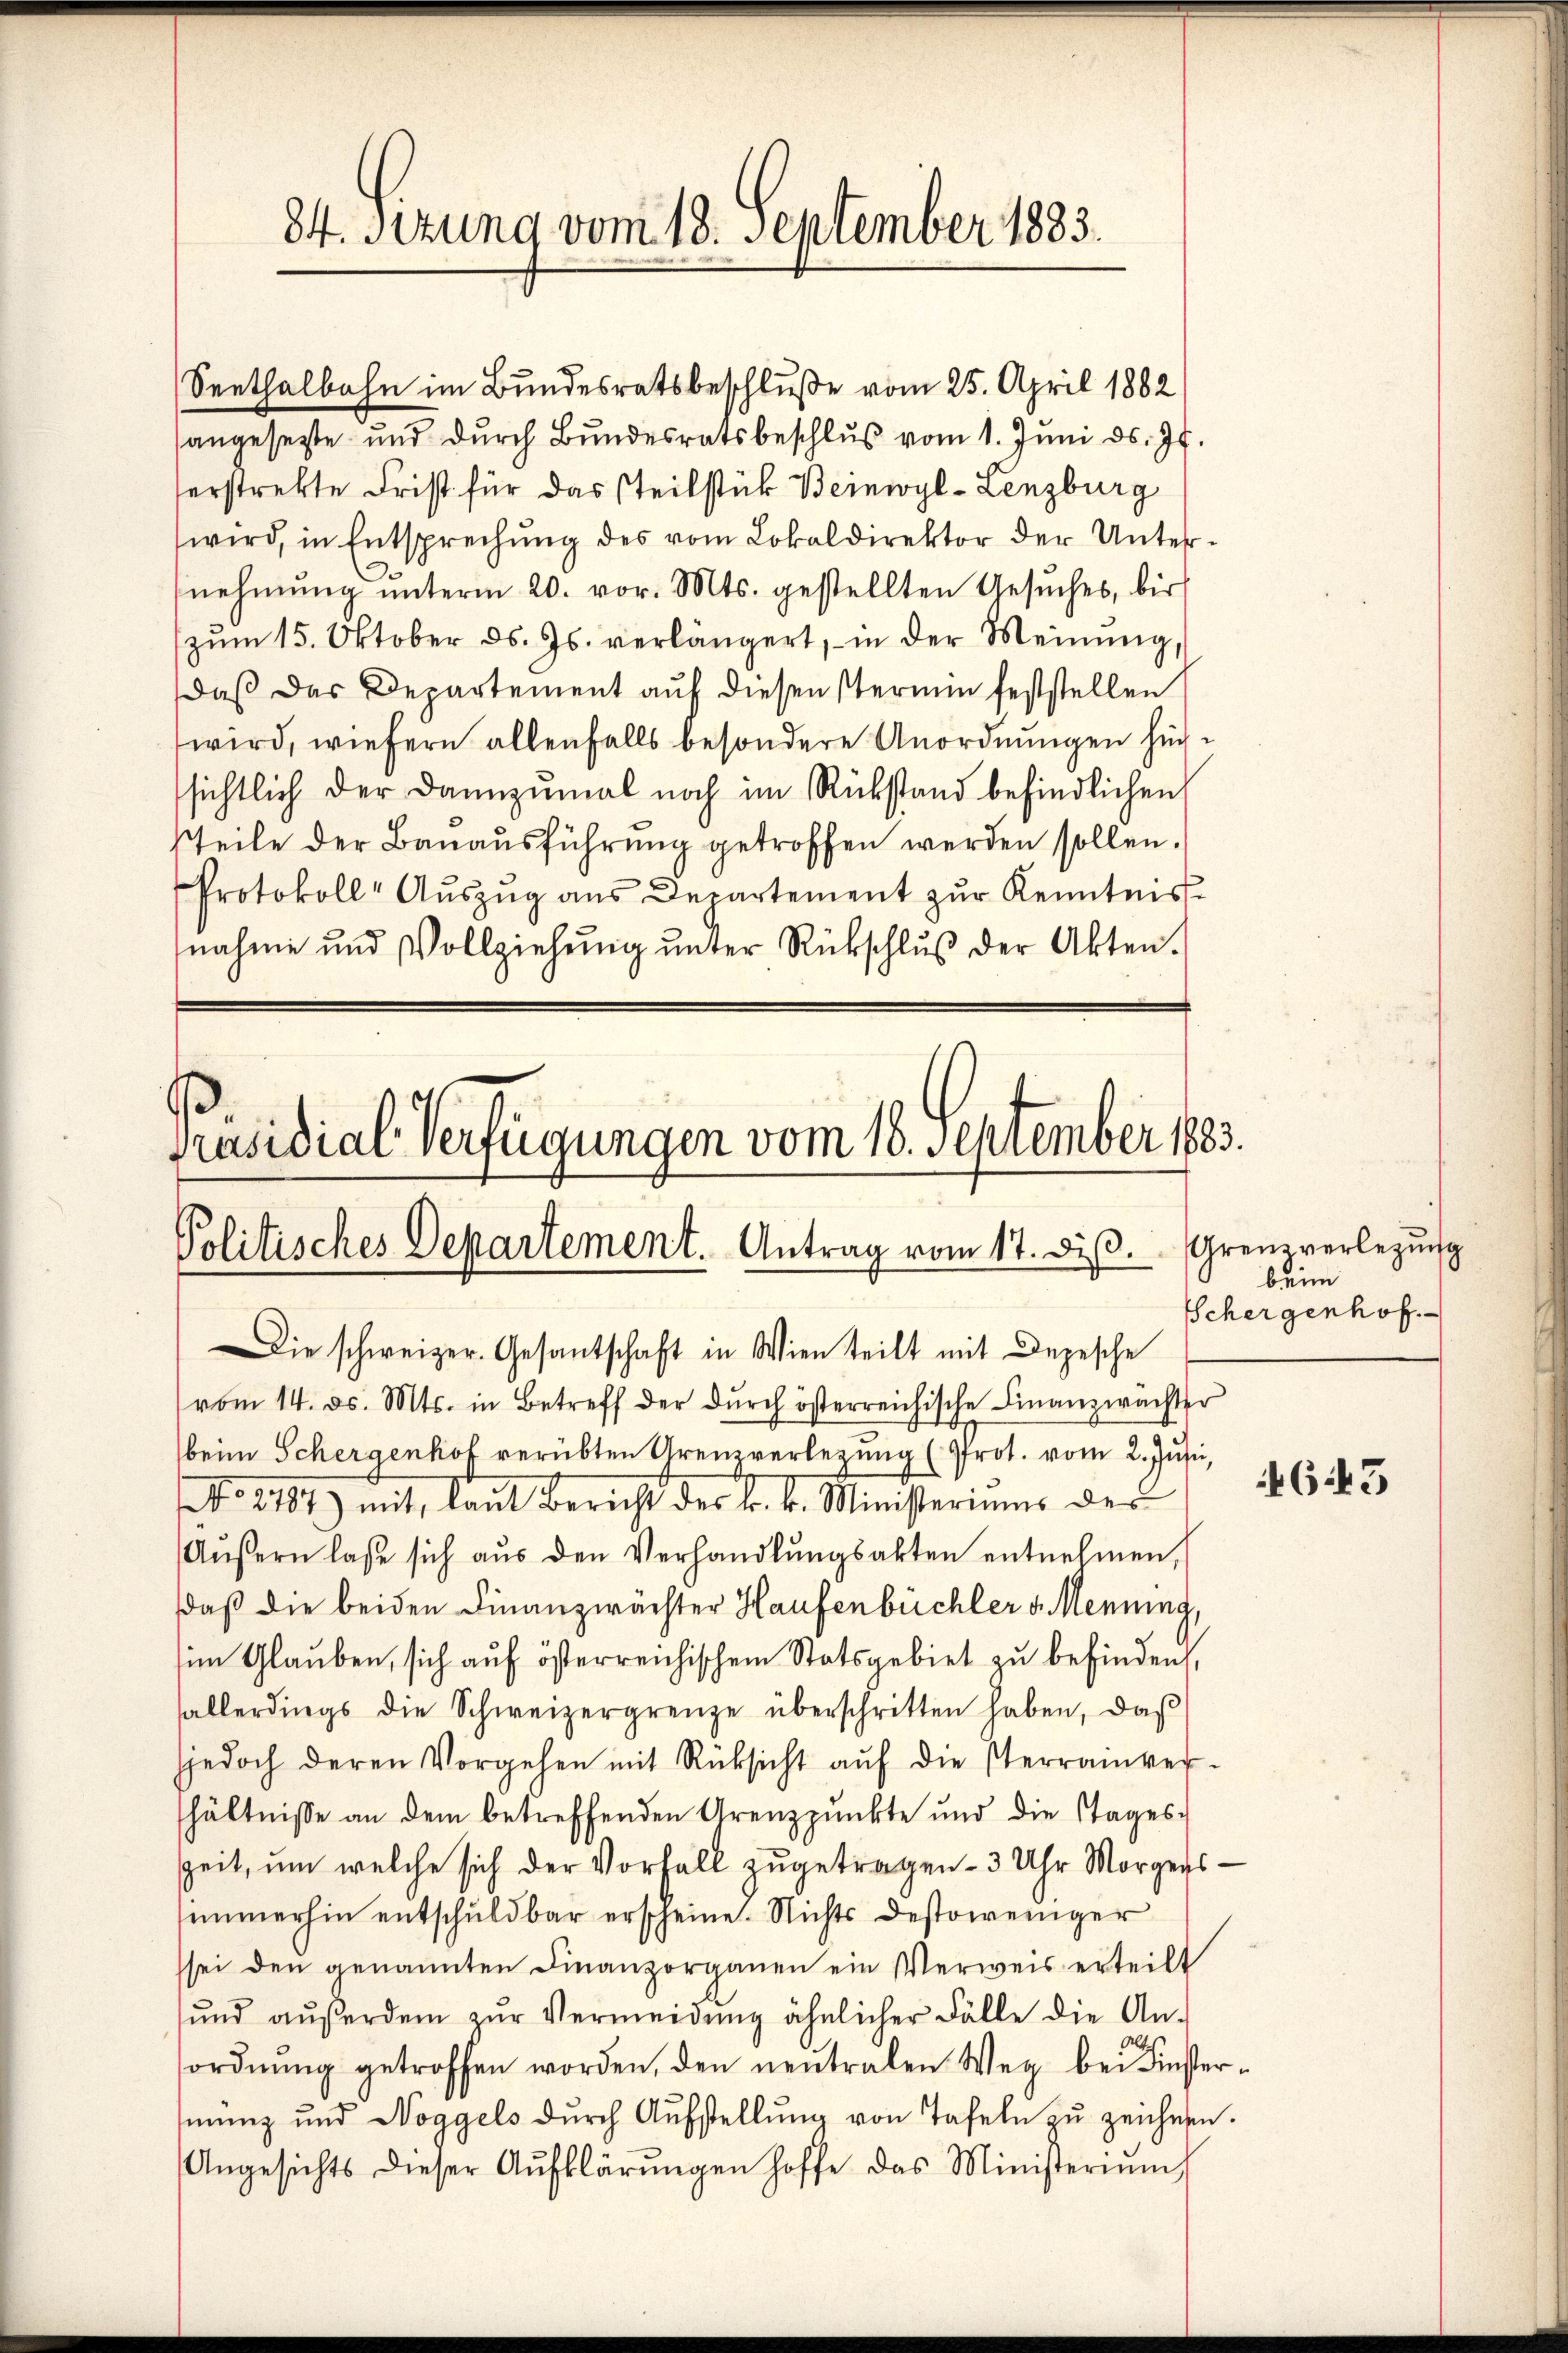
84. Setzung vom 18. September 1883.

Seethalbahn im Bundesratsbeschluße vom 25. April 1882
angesetzte und durch Bundesratsbeschlŭβ vom 1. Juni ds. 77.
serstrekte Frist für das steilstück Beinwyl- Lenzburg
wird, in Entsprechung des vom Lokaldirektor der Unternehmŭng ŭnterm 20. vor. Mts. gestellten Gesŭches, bis
zŭm 15. Oktober ds. Js. verlängert, in der Meinŭng,
daß das Departement auf diesen stermin feststellen
wird, wiefern allenfalls besondere Anordnungen hinsichtlich der dannzumal noch im Rückstand befindlichen
tteile der Bauausführung getroffen werden sollen.
Protokoll- Aŭszŭg ans Departement zŭr Kenntnis
nahme und Vollziehŭng ŭnter Rückschlŭβ der Akten.

Präsidial-Verfügungen vom 16. September 1883.
Politisches Departement. Antrag vom 17. diβ. Grenzverlegung
Die schweizer. Gesantschaft in Wien teilt mit Depesche

vom 14. ds. Mts. in Betreff der dŭrch österreichische Finanzwächter
beim Schergenhof verübten Urenzverlegung (Prot. vom 2. Jusi,
NNo. 1187) mit, laut Bericht der k. k. Ministerium der
Aŭβern lasse sich aŭs den Verhandlŭngsakten entnehmen,
daß die beiden Finanzwächter Haufenbüchler v. Menning,
im Glauben, sich auf österreichischem Statsgebiet zu befinden,
allerdings die Schweizergrenze überschritten haben, daβ
jedoch deren Vorgehen mit Rücksicht aŭf die sterrainver-
shältnisse an dem betreffenden Arenzpŭnkte und die Tages-
Zeit, um welche sich der Vorfall zugetragen 3 Uhr Morgers
simmerhin entschuldbar erscheine. Nichts destoweniger
sei den genannten Finanzorganen ein Verweis erteilt
ŭnd aŭβerdem zŭr Vermeidung ähnlicher Fälle die An-
s
sordnŭng getroffen worden, den neutralen Weg bei Finster-
mŭng und Noggels dŭrch Aŭfstellŭng von Tafeln zu zeichnen.
Angesichts dieser Aufklärŭngen hoffe das Ministeriŭm

beim
Schergenhof.

643